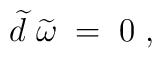
\widetilde{d}\;\widetilde{\omega }\;=\;0\;,